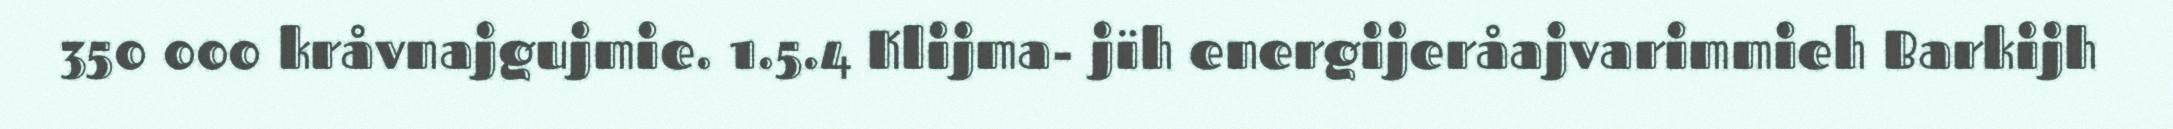
350 000 kråvnajgujmie. 1.5.4 Klijma- jïh energijeråajvarimmieh Barkijh